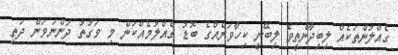
ގެއްލުންތަކެއް ލިބިދާނެތީވެ ލިބޭނީ ކިހާވަރެއްގެ ބޮޑު ގެއްލުމެއްކަން މި ވަގުތު ދަންނަވަން ދަތި